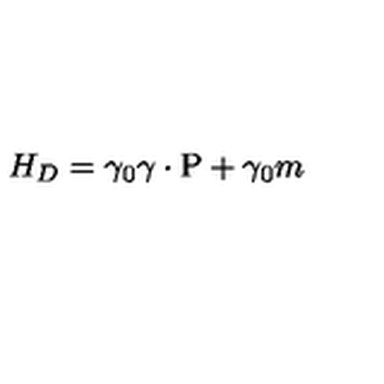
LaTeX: H _ { D } = \gamma _ { 0 } \mathrm { \boldmath \gamma \cdot P } + \gamma _ { 0 } m